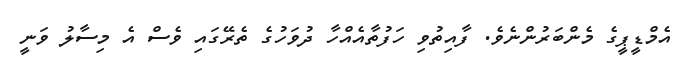
އެމްޑީޕީގެ މެންބަރުންނެވެ. ފާއިތުވި ހަފުތާއެއްހާ ދުވަހުގެ ތެރޭގައި ވެސް އެ މިސާލު ވަނީ